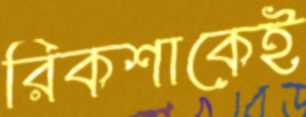
রিকশাকেই